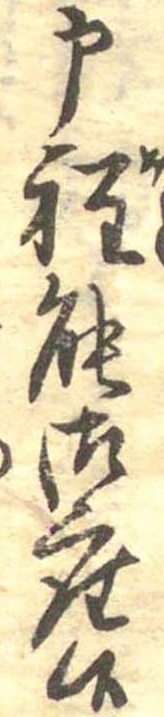
申程能御座候